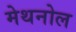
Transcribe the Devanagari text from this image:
मेथनोल